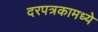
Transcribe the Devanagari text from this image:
दरपत्रकामध्ये